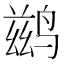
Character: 鹚